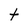
Character: t